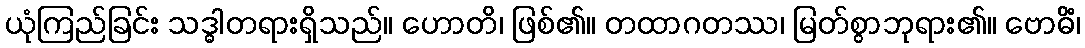
ယုံကြည်ခြင်း သဒ္ဓါတရားရှိသည်။ ဟောတိ၊ ဖြစ်၏။ တထာဂတဿ၊ မြတ်စွာဘုရား၏။ ဗောဓိံ၊